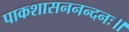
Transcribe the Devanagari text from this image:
पाकशासननन्दनः॥